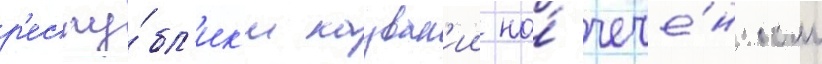
р'еспу́бл'ик'и назван'ии на́ чече́нском